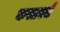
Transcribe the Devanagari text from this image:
कसाबचे